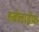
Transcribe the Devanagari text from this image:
हर्बलाईफ